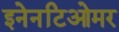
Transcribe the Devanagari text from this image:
इनेनटिओमर